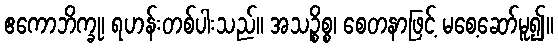
ဧကောဘိက္ခု၊ ရဟန်းတစ်ပါးသည်။ အသဉ္စိစ္စ၊ စေတနာဖြင့် မစေ့ဆော်မူ၍။